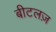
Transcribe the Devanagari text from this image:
बीटलज़